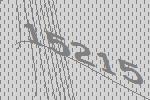
15215